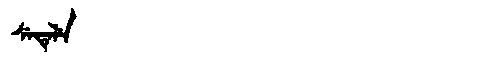
Manchu: ᠰᡝᡨᡝᠯᡝ
Romanization: SETELE